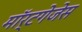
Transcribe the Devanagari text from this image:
मॉर्टगेजेस